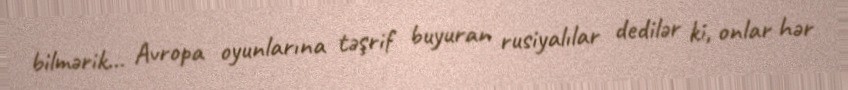
bilmərik... Avropa oyunlarına təşrif buyuran rusiyalılar dedilər ki, onlar hər